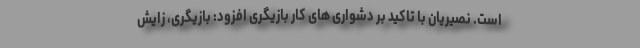
است. نصیریان با تاکید بر دشواری های کار بازیگری افزود: بازیگری، زایش